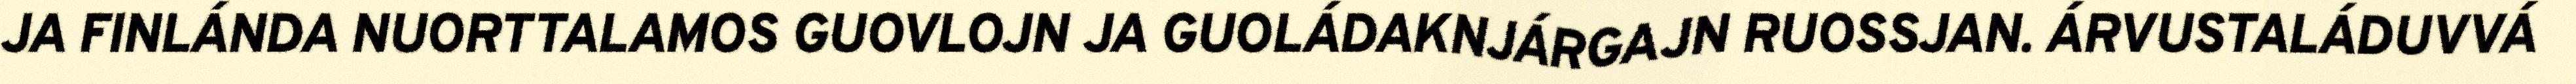
JA FINLÁNDA NUORTTALAMOS GUOVLOJN JA GUOLÁDAKNJÁRGAJN RUOSSJAN. ÁRVUSTALÁDUVVÁ